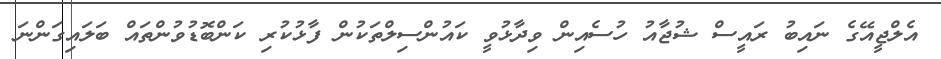
އެލްޖީއޭގެ ނައިބު ރައީސް ޝުޖާއު ހުސެއިން ވިދާޅުވީ ކައުންސިލްތަކުން ފާޅުކުރި ކަންބޮޑުވުންތައް ބަލައިގަންނަ